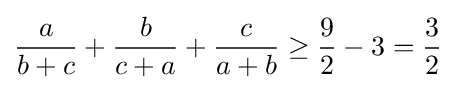
{\frac {a}{b+c}}+{\frac {b}{c+a}}+{\frac {c}{a+b}}\geq {\frac {9}{2}}-3={\frac {3}{2}}